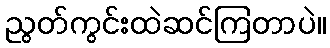
ညွတ်ကွင်းထဲဆင်ကြတာပဲ။